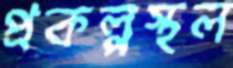
প্রকল্পস্থল